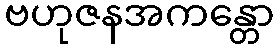
ဗဟုဇနအကန္တော